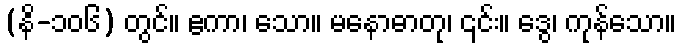
(နိ-၁၀၆) တွင်။ ဧကာ၊ သော။ မနောဓာတု၊ ၎င်း။ ဒွေ၊ ကုန်သော။